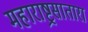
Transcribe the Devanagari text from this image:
महाराष्ट्रसातारा